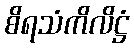
စိရသံကိလိဋ္ဌံ